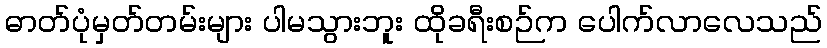
ဓာတ်ပုံမှတ်တမ်းများ ပါမသွားဘူး ထိုခရီးစဉ်က ပေါက်လာလေသည်